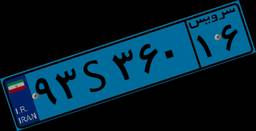
۹۳S۳۶۰۱۶